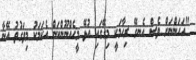
"އަހަންނަށް ވެސް އެނގޭ ރިހާމަކީ މިގޭގައި އުޅޭ މީހެއްނޫންކަން އެކަމަކު މިވަގުތު އޭނާ